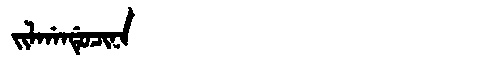
Manchu: ᠵᡳᠯᡤᠠᠨᡩᡠᠴᡳᠨᠠ
Romanization: JILGANDUCINA